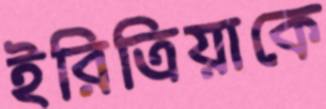
ইরিত্রিয়াকে